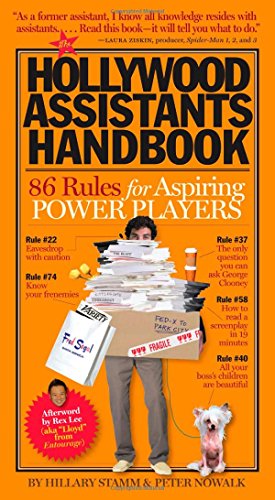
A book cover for The Hollywood Assistants Handbook: 86 Rules for Aspiring Power Players; Peter Nowalk; Humor & Entertainment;